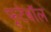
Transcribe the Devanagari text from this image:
फूटेबॉल